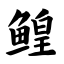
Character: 鳇